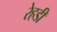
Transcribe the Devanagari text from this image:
रेहडी